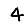
Digit: 4